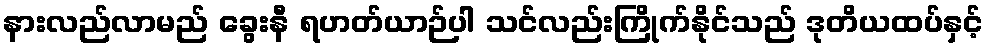
နားလည်လာမည် ခွေးနီ ရဟတ်ယာဉ်ပါ သင်လည်းကြိုက်နိုင်သည် ဒုတိယထပ်နှင့်